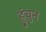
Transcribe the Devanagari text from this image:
हुंचुन